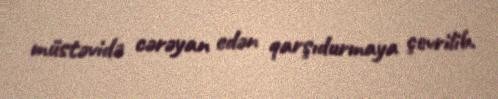
müstəvidə cərəyan edən qarşıdurmaya çevrilib.